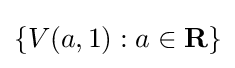
\{V(a,1):a\in \mathbf {R} \}